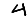
Digit: 4